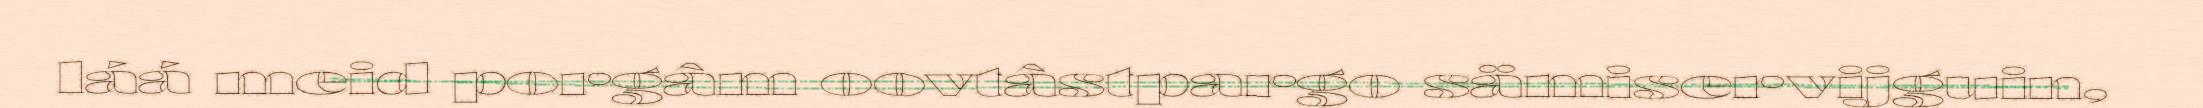
láá meid porgâm oovtâstpargo sämiservijguin,